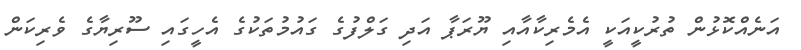
އަނެއްކޮޅުން ތުރުކީއަކީ އެމެރިކާއާއި ޔޫރަޕާ އަދި ގަލްފުގެ ގައުމުތަކުގެ އެހީގައި ސޫރިޔާގެ ވެރިކަން